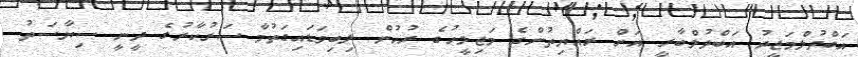
އަބްދުލްމަޖީދު އަބްދުލްބާރީ އަށް ރައްޔިތުންގެ މަޖިލީހުގެ ރުހުން ލިބިވަޑައިގަތުމާ ސަރުކާރުގެ ދީނީ ސިޔާސަތު